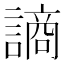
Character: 謪